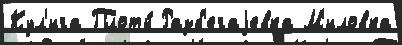
Кул'ига Плоты́ Разб'егаjевка М'иловка